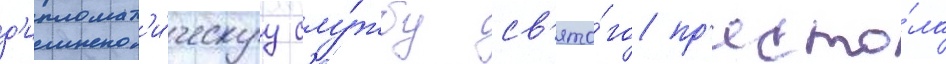
д'ипломат'и́ческуу слу́жбу св'ято́го пр'есто́ла